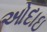
ઓદાઇ